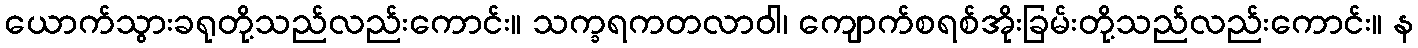
ယောက်သွားခရုတို့သည်လည်းကောင်း။ သက္ခရကတလာဝါ၊ ကျောက်စရစ်အိုးခြမ်းတို့သည်လည်းကောင်း။ န